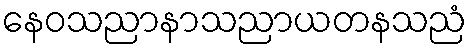
နေဝသညာနာသညာယတနသညံ